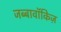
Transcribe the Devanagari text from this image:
जब्बावॉकिज़